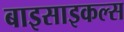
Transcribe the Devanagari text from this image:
बाइसाइकल्स